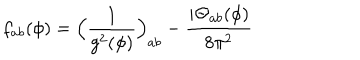
LaTeX: f _ { a b } ( \phi ) = \Big ( \frac { 1 } { g ^ { 2 } ( \phi ) } \Big ) _ { a b } - \frac { i \mathrm { \Theta } _ { a b } ( \phi ) } { 8 \pi ^ { 2 } }